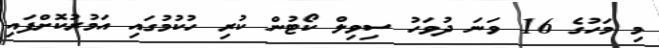
މި މަހުގެ 16 ވަނަ ދުވަހު ސިވިލް ކޯޓުން ކުރި ހުކުމުގައި އަމުރުކޮށްފައި